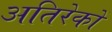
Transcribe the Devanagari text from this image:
अतिरेकों